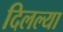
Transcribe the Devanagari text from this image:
दिलल्या